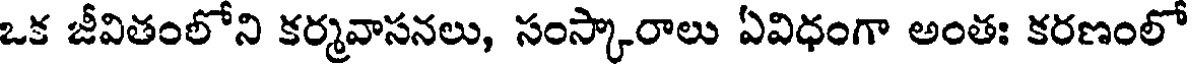
ఒక జీవితంలోని కర్మవాసనలు, సంస్కారాలు ఏవిధంగా అంతః కరణంలో